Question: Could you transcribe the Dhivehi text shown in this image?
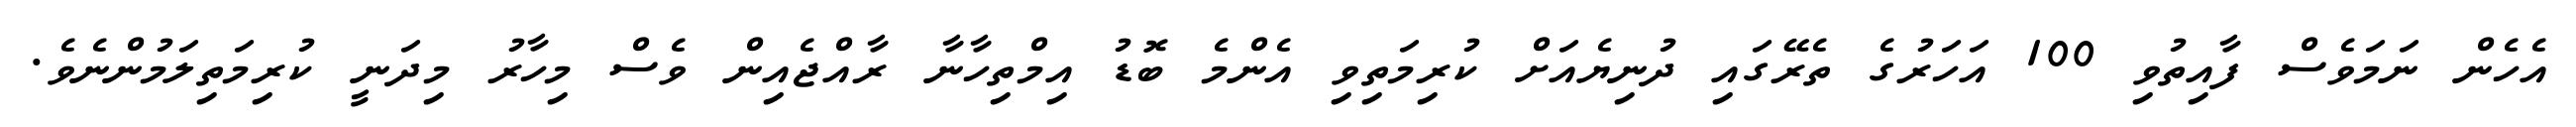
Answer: އެހެން ނަމަވެސް ފާއިތުވި 100 އަހަރުގެ ތެރޭގައި ދުނިޔެއަށް ކުރިމަތިވި އެންމެ ބޮޑު އިމްތިހާނާ ރާއްޖެއިން ވެސް މިހާރު މިދަނީ ކުރިމަތިލަމުންނެވެ.